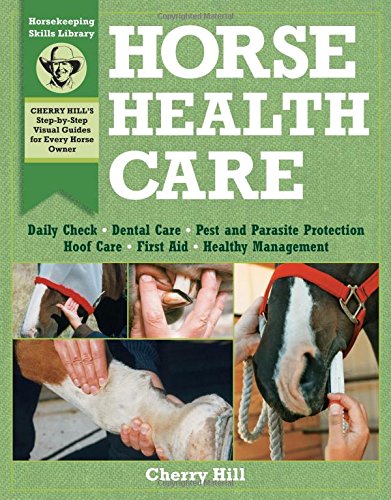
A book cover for Horse Health Care: A Step-By-Step Photographic Guide to Mastering Over 100 Horsekeeping Skills (Horsekeeping Skills Library); Cherry Hill; Crafts, Hobbies & Home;